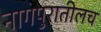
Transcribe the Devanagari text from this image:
नागपुरातीलच